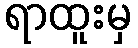
ရာထူးမှ